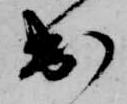
出